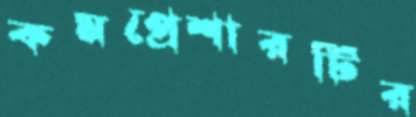
কমপ্রেশারটির